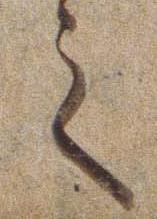
之